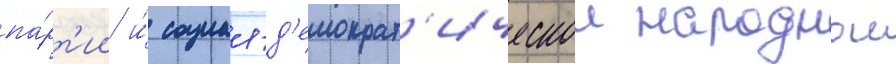
па́рт'ии и́ социал-д'емократ'ическои народнои